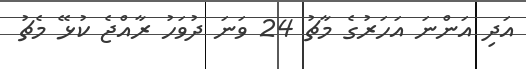
އަދި އަންނަ އަހަރުގެ މާޗު 24 ވަނަ ދުވަހު ރާއްޖެ ކުޅޭ މެޗު